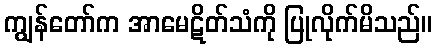
ကျွန်တော်က အာမေဋိတ်သံကို ပြုလိုက်မိသည်။